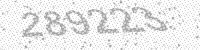
Solution: 289223